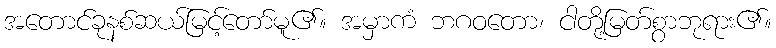
အတောင်ခုနစ်ဆယ်မြင့်တော်မူ၏။ အမှာကံ ဘဂဝတော၊ ငါတို့မြတ်စွာဘုရား၏။